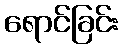
ရောင်ခြင်း